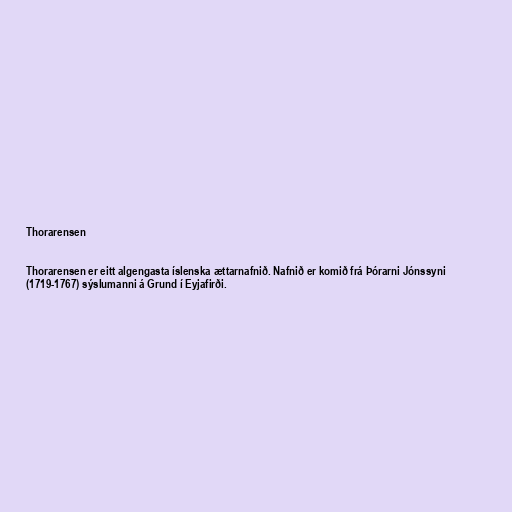
Thorarensen

Thorarensen er eitt algengasta íslenska ættarnafnið. Nafnið er komið frá Þórarni Jónssyni
(1719-1767) sýslumanni á Grund í Eyjafirði.